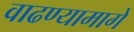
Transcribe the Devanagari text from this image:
वाढण्यामागे